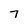
Character: 7